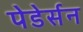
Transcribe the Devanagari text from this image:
पेडेर्सन